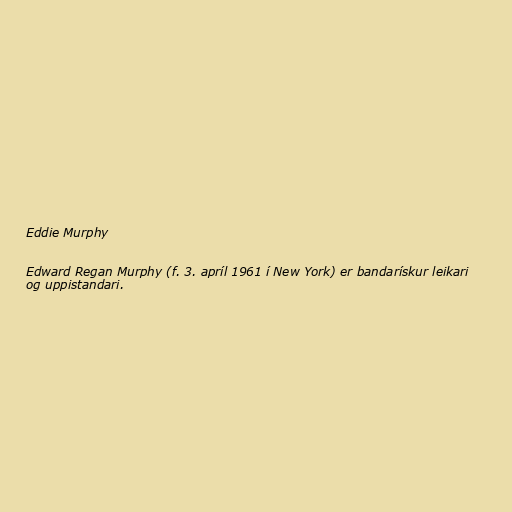
Eddie Murphy

Edward Regan Murphy (f. 3. apríl 1961 í New York) er bandarískur leikari
og uppistandari.